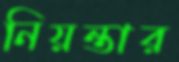
নিয়ন্তার